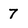
Character: 7